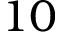
1 0